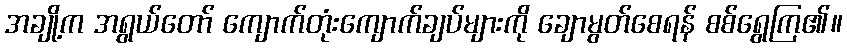
အချို့က အရွယ်တော် ကျောက်တုံးကျောက်ချပ်များကို ချောမွတ်စေရန် စစ်ရွေကြ၏။